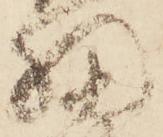
細